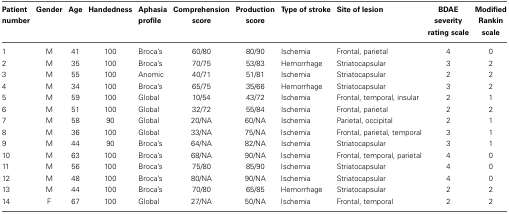
<table><thead><tr><td><b>Patient number</b></td><td><b>Gender</b></td><td><b>Age</b></td><td><b>Handedness</b></td><td><b>Aphasia profile</b></td><td><b>Comprehension score</b></td><td><b>Production score</b></td><td><b>Type of stroke</b></td><td><b>Site of lesion</b></td><td><b>BDAE severity rating scale</b></td><td><b>Modified Rankin scale</b></td></tr></thead><tbody><tr><td>1</td><td>M</td><td>41</td><td>100</td><td>Broca&#x27;s</td><td>60/80</td><td>80/90</td><td>Ischemia</td><td>Frontal, parietal</td><td>4</td><td>0</td></tr><tr><td>2</td><td>M</td><td>35</td><td>100</td><td>Broca&#x27;s</td><td>70/75</td><td>53/83</td><td>Hemorrhage</td><td>Striatocapsular</td><td>3</td><td>2</td></tr><tr><td>3</td><td>M</td><td>55</td><td>100</td><td>Anomic</td><td>40/71</td><td>51/81</td><td>Ischemia</td><td>Striatocapsular</td><td>2</td><td>2</td></tr><tr><td>4</td><td>M</td><td>34</td><td>100</td><td>Broca&#x27;s</td><td>65/75</td><td>35/66</td><td>Hemorrhage</td><td>Striatocapsular</td><td>3</td><td>2</td></tr><tr><td>5</td><td>M</td><td>59</td><td>100</td><td>Global</td><td>10/54</td><td>43/72</td><td>Ischemia</td><td>Frontal, temporal, insular</td><td>2</td><td>1</td></tr><tr><td>6</td><td>M</td><td>51</td><td>100</td><td>Global</td><td>32/72</td><td>55/84</td><td>Ischemia</td><td>Frontal, parietal</td><td>2</td><td>2</td></tr><tr><td>7</td><td>M</td><td>58</td><td>90</td><td>Global</td><td>20/NA</td><td>60/NA</td><td>Ischemia</td><td>Parietal, occipital</td><td>2</td><td>1</td></tr><tr><td>8</td><td>M</td><td>36</td><td>100</td><td>Global</td><td>33/NA</td><td>75/NA</td><td>Ischemia</td><td>Frontal, parietal, temporal</td><td>3</td><td>1</td></tr><tr><td>9</td><td>M</td><td>44</td><td>90</td><td>Broca&#x27;s</td><td>64/NA</td><td>82/NA</td><td>Ischemia</td><td>Striatocapsular</td><td>3</td><td>1</td></tr><tr><td>10</td><td>M</td><td>63</td><td>100</td><td>Broca&#x27;s</td><td>68/NA</td><td>90/NA</td><td>Ischemia</td><td>Frontal, temporal, parietal</td><td>4</td><td>0</td></tr><tr><td>11</td><td>M</td><td>56</td><td>100</td><td>Broca&#x27;s</td><td>75/80</td><td>85/90</td><td>Ischemia</td><td>Striatocapsular</td><td>4</td><td>0</td></tr><tr><td>12</td><td>M</td><td>48</td><td>100</td><td>Broca&#x27;s</td><td>80/NA</td><td>90/NA</td><td>Ischemia</td><td>Striatocapsular</td><td>4</td><td>0</td></tr><tr><td>13</td><td>M</td><td>44</td><td>100</td><td>Broca&#x27;s</td><td>70/80</td><td>65/85</td><td>Hemorrhage</td><td>Striatocapsular</td><td>2</td><td>2</td></tr><tr><td>14</td><td>F</td><td>67</td><td>100</td><td>Global</td><td>27/NA</td><td>50/NA</td><td>Ischemia</td><td>Frontal, temporal</td><td>2</td><td>2</td></tr></tbody></table>